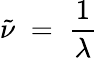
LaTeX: {\tilde{\nu}}\; =\; {\frac{1}{\lambda}}